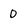
Character: D